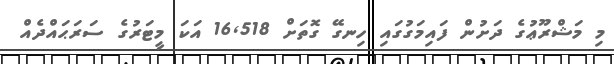
މި މަޝްރޫޢުގެ ދަށުން ފައިމަގުގައި ހިނގޭ ގޮތަށް 16